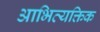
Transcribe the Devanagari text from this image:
आभिव्यक्तिक